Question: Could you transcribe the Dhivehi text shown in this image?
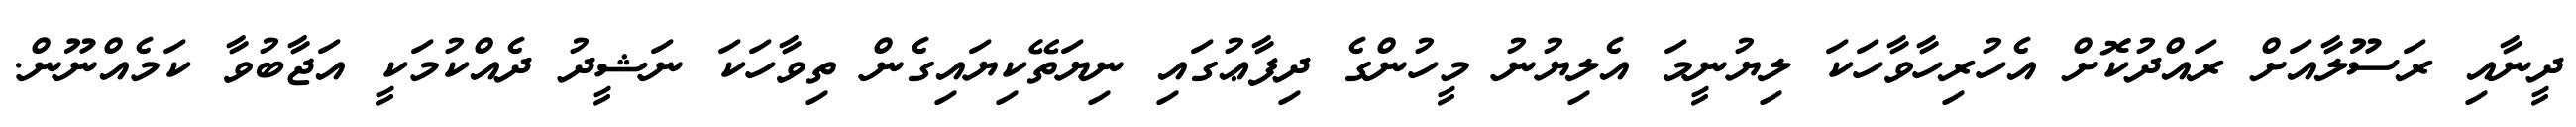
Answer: ދީނާއި ރަސޫލާއަށް ރައްދުކޮށް އެހުރިހާވާހަކަ ލިޔުނީމަ އެލިޔުނު މީހުންގެ ދިފާޢުގައި ނިޔަތޭކިޔައިގެން ތިވާހަކަ ނަޝީދު ދެއްކުމަކީ އަޖާބުވާ ކަމެއްނޫން.